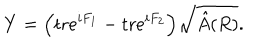
Y = \Big ( \mathrm { t r } e ^ { i F _ { 1 } } - \mathrm { t r } e ^ { i F _ { 2 } } \Big ) \sqrt { \hat { A } ( R ) } .